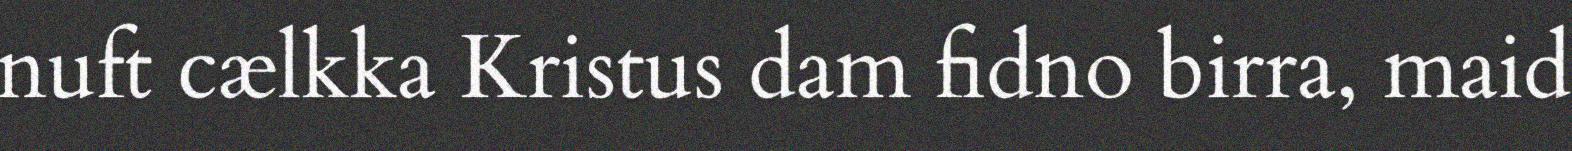
nuft cælkka Kristus dam fidno birra, maid